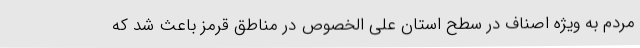
مردم به ویژه اصناف در سطح استان علی الخصوص در مناطق قرمز باعث شد که